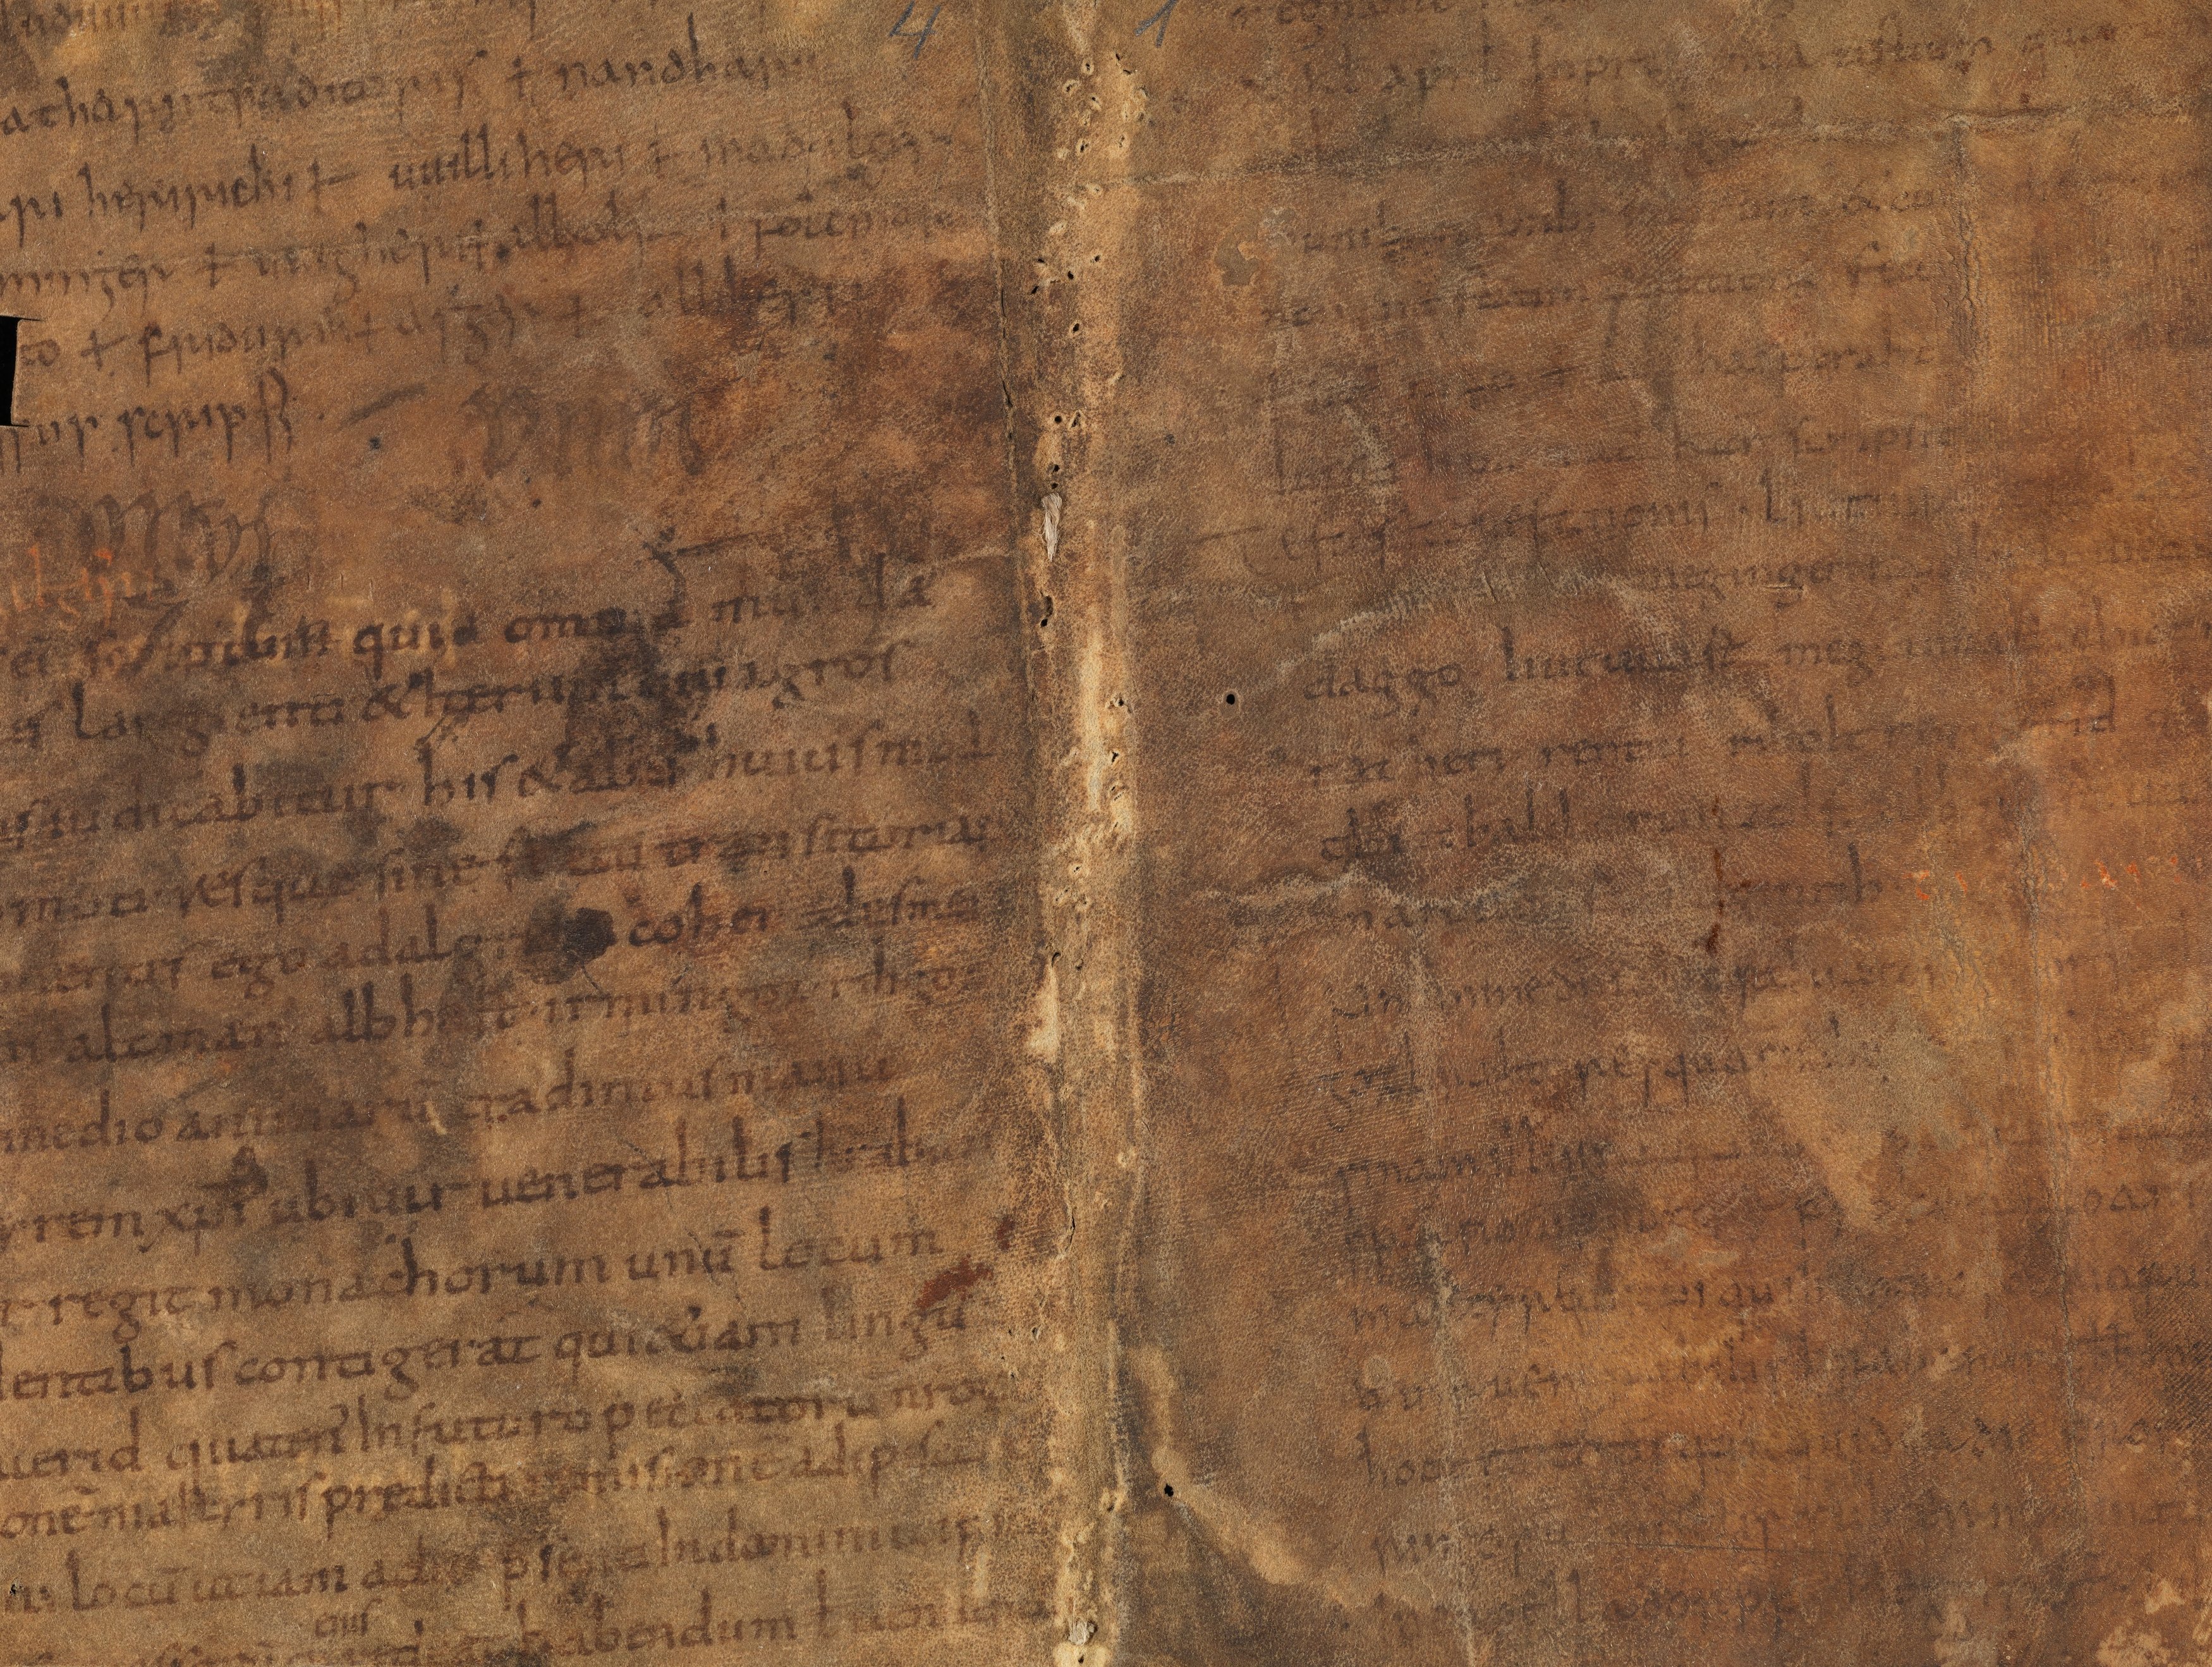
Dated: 825–855